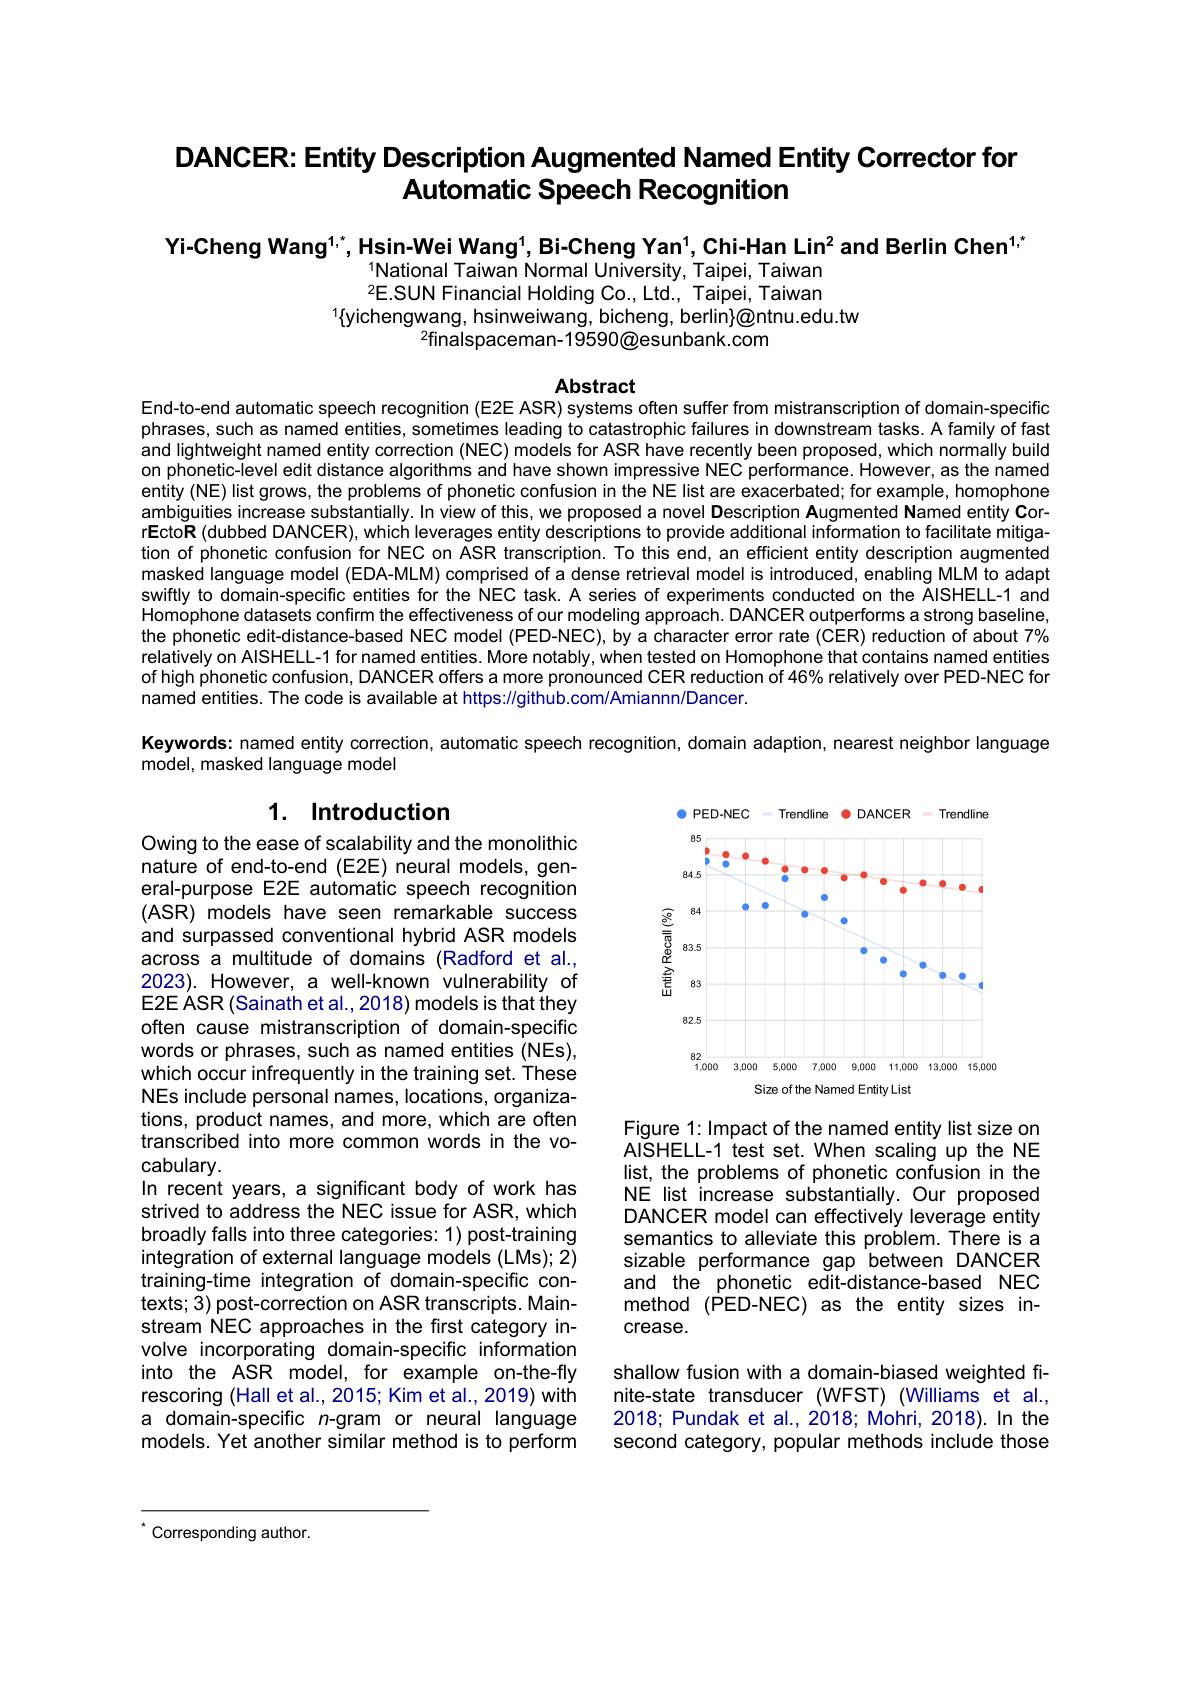
# DANCER: Entity Description Augmented Named Entity Corrector for Automatic Speech Recognition

Yi-Cheng Wang$^1,^*$,Hsin-Wei Wang$^1$,Bi-Cheng Yan$^1$,Chi-Han Lin$^2$and Berlin Chen$^{1,*}$
$^{1}$National Taiwan Normal University, Taipei, Taiwan $^{2}$E.SUN Financial Holding Co., Ltd., Taipei, Taiwan
$^{1}\{$yichengwang, hsinweiwang, bicheng, berlin}@ntnu.edu.tw.
$^{2}$finalspaceman-19590@esunbank.com

Abstract
End-to-end automatic speech recognition (E2E ASR) systems often suffer from mistranscription of domain-specific

phrases, such as named entities, sometimes leading to catastrophic failures in downstream tasks. A family of fast and lightweight named entity correction (NEC) models for ASR have recently been proposed, which normally build on phonetic-level edit distance algorithms and have shown impressive NEC performance. However, as the named entity (NE) list grows, the problems of phonetic confusion in the NE list are exacerbated; for example, homophone ambiguities increase substantially. In view of this, we proposed a novel Description Augmented Named entity CorrEctoR (dubbed DANCER), which leverages entity descriptions to provide additional information to facilitate mitigation of phonetic confusion for NEC on ASR transcription. To this end, an efficient entity description augmented masked language model (EDA-MLM) comprised of a dense retrieval model is introduced, enabling MLM to adapt swiftly to domain-specific entities for the NEC task. A series of experiments conducted on the AISHELL-1 and Homophone datasets confirm the effectiveness of our modeling approach. DANCER outperforms a strong baseline, the phonetic edit-distance-based NEC model (PED-NEC), by a character error rate (CER) reduction of about 7% relatively on AISHELL-1 for named entities. More notably, when tested on Homophone that contains named entities of high phonetic confusion, DANCER offers a more pronounced CER reduction of 46% relatively over PED-NEC for named entities. The code is available at https://github.com/Amiannn/Dancer.
Keywords: named entity correction, automatic speech recognition, domain adaption, nearest neighbor language
model, masked language model

# 1. Introduction

<FigureHere>
Size of the Named Entity List

Owing to the ease of scalability and the monolithic nature of end-to-end (E2E) neural models, general-purpose E2E automatic speech recognition (ASR) models have seen remarkable success and surpassed conventional hybrid ASR models across a multitude of domains (Radford et al., 2023). However, a well-known vulnerability of E2E ÁSR (Sainath et al., 2018) models is that they often cause mistranscription of domain-specific words or phrases, such as named entities (NEs), which occur infrequently in the training set. These NEs include personal names, locations, organizations, product names, and more, which are often transcribed into more common words in the vocabulary.
In recent years, a significant body of work has strived to address the NEC issue for ASR, which broadly falls into three categories: 1) post-training integration of external language models (LMs); 2) training-time integration of domain-specific contexts; 3) post-correction on ASR transcripts. Mainstream NEC approaches in the first category involve incorporating domain-specific information into the ASR model, for example on-the-fly rescoring (Hall et al., 2015; Kim et al., 2019) with a domain-specific $n$-gram or neural language models. Yet another similar method is to perform

Figure 1: Impact of the named entity list size on AISHELL-1 test set. When scaling up the NE list, the problems of phonetic confusion in the NE list increase substantially.Our proposed DANCER model can effectively leverage entity semantics to alleviate this problem. There is a sizable performance gap between DANCER and the phonetic edit-distance-based NEC method (PED-NEC) as the entity sizes increase.

shallow fusion with a domain-biased weighted finite-state transducer (WFST) (Williams et al., 2018; Pundak et al., 2018; Mohri, 2018). In the second category, popular methods include those

“ Corresponding author.